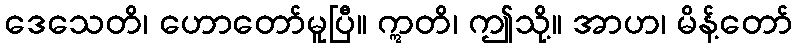
ဒေသေတိ၊ ဟောတော်မူပြီ။ ဣတိ၊ ဤသို့။ အာဟ၊ မိန့်တော်